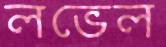
লভেল